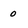
Character: 0